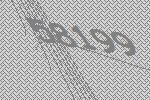
58199